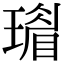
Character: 𤩣